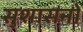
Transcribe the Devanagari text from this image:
सुशासनों